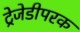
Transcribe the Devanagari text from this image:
ट्रेजेडीपरक